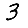
Digit: 3